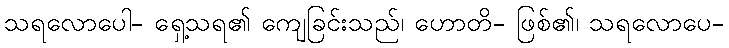
သရလောပေါ- ရှေ့သရ၏ ကျေခြင်းသည်၊ ဟောတိ- ဖြစ်၏၊ သရလောပေ-